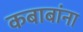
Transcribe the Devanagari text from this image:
कबाबांना